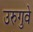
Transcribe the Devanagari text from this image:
उरुगुवे